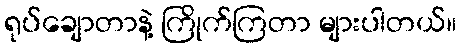
ရုပ်ချောတာနဲ့ ကြိုက်ကြတာ များပါတယ်။